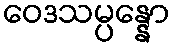
ဝေဒသမ္ပန္နော